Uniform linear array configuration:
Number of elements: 32
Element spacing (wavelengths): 1
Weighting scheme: uniform
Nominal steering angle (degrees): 30
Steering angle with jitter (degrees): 29.607
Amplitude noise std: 0.05
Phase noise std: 0.05

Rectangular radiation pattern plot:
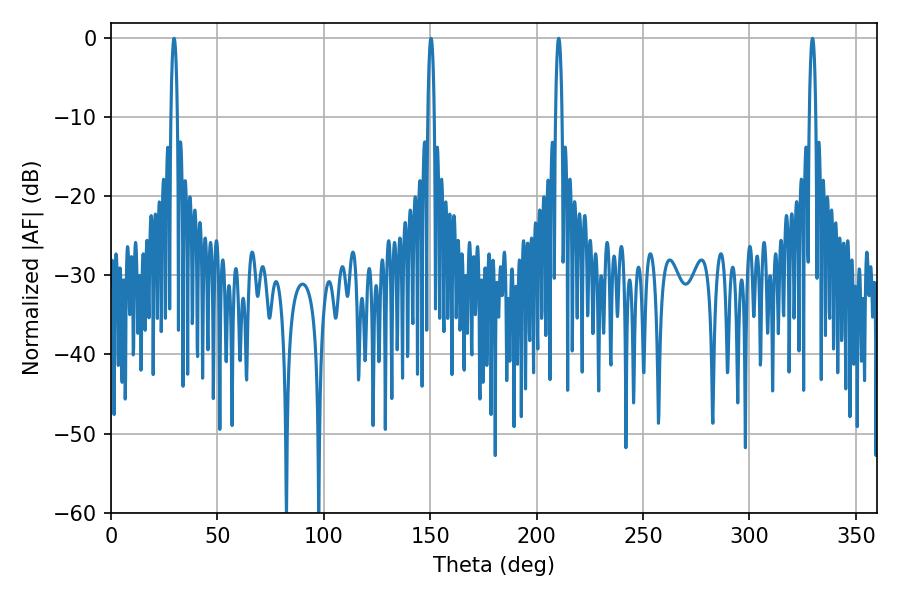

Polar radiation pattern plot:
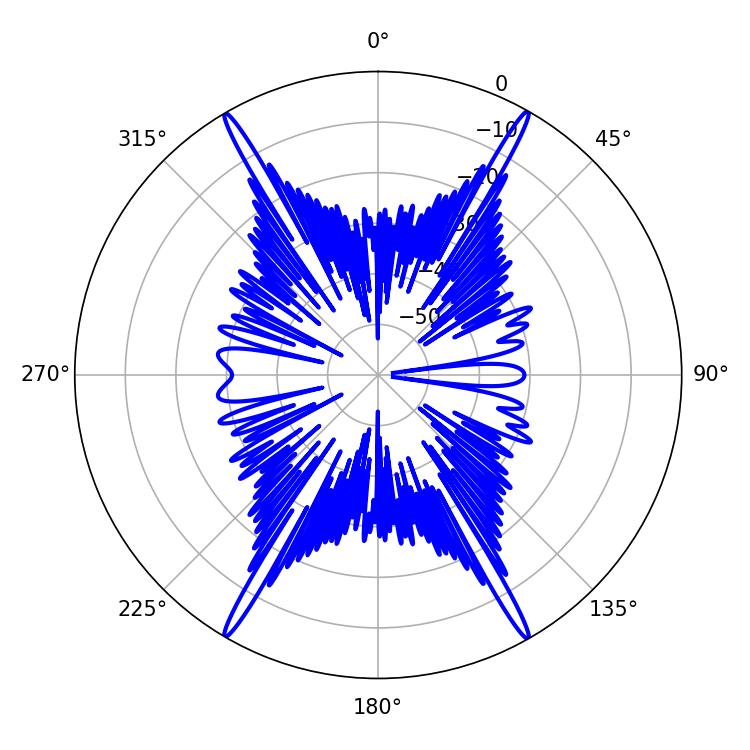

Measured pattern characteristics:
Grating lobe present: TRUE
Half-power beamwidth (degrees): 1.62
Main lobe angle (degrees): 210.42